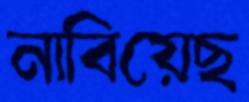
নাবিয়েছ